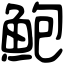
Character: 鮑